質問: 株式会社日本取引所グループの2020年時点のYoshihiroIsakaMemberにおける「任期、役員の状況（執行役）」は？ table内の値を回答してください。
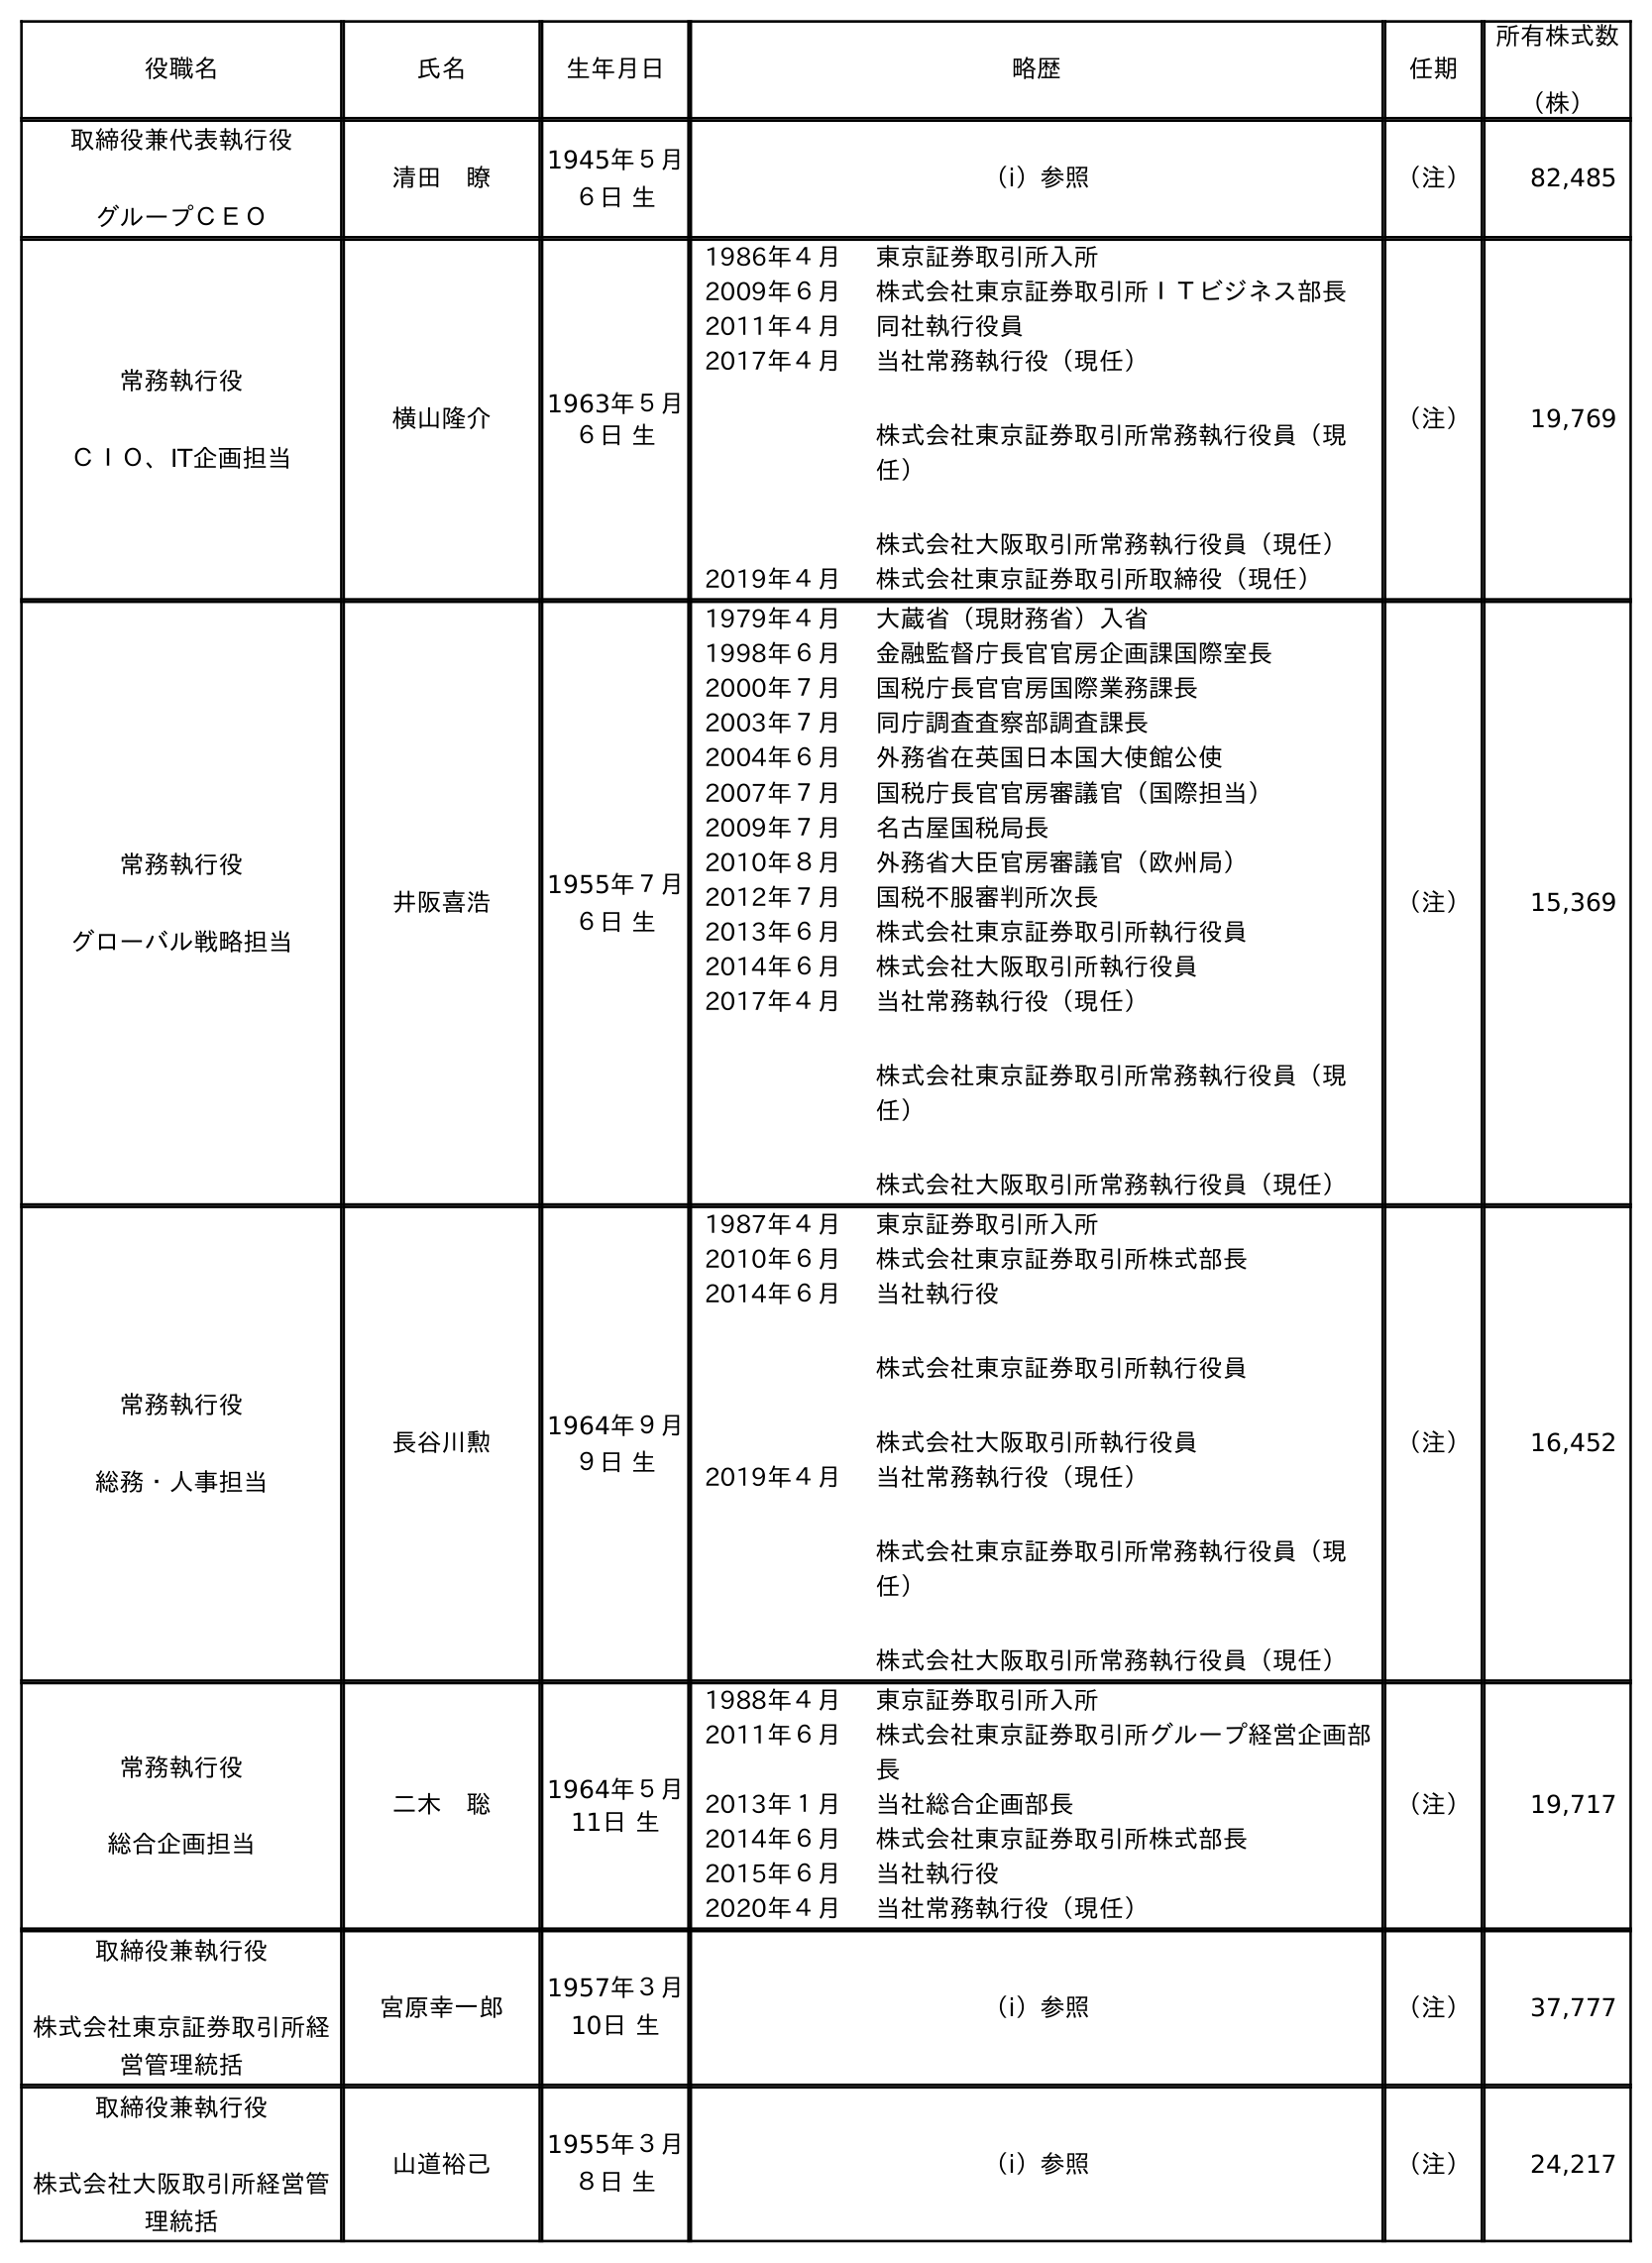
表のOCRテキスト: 役職名 氏名 生年月日 略歴 任期 所有株式数 （株） 取締役兼代表執行役 グループＣＥＯ 清田 瞭 1945年５月 ６日 生 （ⅰ）参照 （注） 82,485 常務執行役 ＣＩＯ、IT企画担当 横山隆介 1963年５月 ６日 生 1986年４月 東京証券取引所入所 2009年６月 株式会社東京証券取引所ＩＴビジネス部長 2011年４月 同社執行役員 2017年４月 当社常務執行役（現任） 株式会社東京証券取引所常務執行役員（現 任） 株式会社大阪取引所常務執行役員（現任） 2019年４月 株式会社東京証券取引所取締役（現任） （注） 19,769 常務執行役 グローバル戦略担当 井阪喜浩 1955年７月 ６日 生 1979年４月 大蔵省（現財務省）入省 1998年６月 金融監督庁長官官房企画課国際室長 2000年７月 国税庁長官官房国際業務課長 2003年７月 同庁調査査察部調査課長 2004年６月 外務省在英国日本国大使館公使 2007年７月 国税庁長官官房審議官（国際担当） 2009年７月 名古屋国税局長 2010年８月 外務省大臣官房審議官（欧州局） 2012年７月 国税不服審判所次長 2013年６月 株式会社東京証券取引所執行役員 2014年６月 株式会社大阪取引所執行役員 2017年４月 当社常務執行役（現任） 株式会社東京証券取引所常務執行役員（現 任） 株式会社大阪取引所常務執行役員（現任） （注） 15,369 常務執行役 総務・人事担当 長谷川勲 1964年９月 ９日 生 1987年４月 東京証券取引所入所 2010年６月 株式会社東京証券取引所株式部長 2014年６月 当社執行役 株式会社東京証券取引所執行役員 株式会社大阪取引所執行役員 2019年４月 当社常務執行役（現任） 株式会社東京証券取引所常務執行役員（現 任） 株式会社大阪取引所常務執行役員（現任） （注） 16,452 常務執行役 総合企画担当 二木 聡 1964年５月 11日 生 1988年４月 東京証券取引所入所 2011年６月 株式会社東京証券取引所グループ経営企画部 長 2013年１月 当社総合企画部長 2014年６月 株式会社東京証券取引所株式部長 2015年６月 当社執行役 2020年４月 当社常務執行役（現任） （注） 19,717 取締役兼執行役 株式会社東京証券取引所経 営管理統括 宮原幸一郎 1957年３月 10日 生 （ⅰ）参照 （注） 37,777 取締役兼執行役 株式会社大阪取引所経営管 理統括 山道裕己 1955年３月 ８日 生 （ⅰ）参照 （注） 24,217
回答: （注）